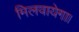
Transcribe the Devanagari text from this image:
मिलवायेगा।